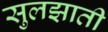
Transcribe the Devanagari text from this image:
सुलझाती